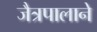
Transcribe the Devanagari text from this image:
जैत्रपालाने